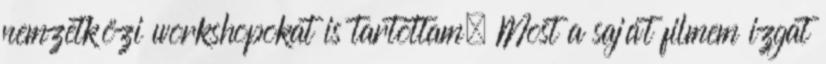
nemzetközi workshopokat is tartottam. Most a saját filmem izgat